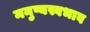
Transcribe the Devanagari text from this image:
मनुष्यस्वभाव